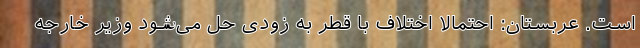
است. عربستان: احتمالا اختلاف با قطر به زودی حل می‌شود وزیر خارجه